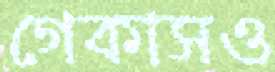
গেকাসও